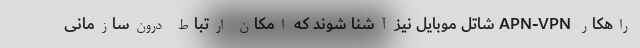
راهکار APN-VPN شاتل موبایل نیز آشنا شوند که امکان ارتباط درون‌سازمانی